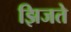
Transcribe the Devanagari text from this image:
झिजते